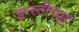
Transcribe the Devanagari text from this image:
इन्स्टीच्यूट